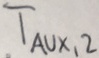
Text: TAUX,2